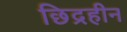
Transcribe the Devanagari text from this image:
छिद्रहीन